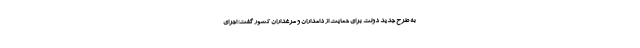
به طرح جدید دولت برای حمایت از دامداران و مرغداران کشور گفت: اجرای